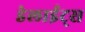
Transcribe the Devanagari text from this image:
डेलाईट्स